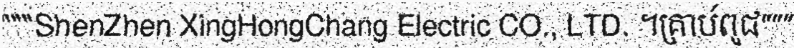
"""ShenZhen XingHongChang Electric CO., LTD. ។គ្រាប់ពូជ"""